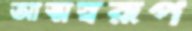
আত্মস্বরূপ